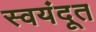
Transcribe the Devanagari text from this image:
स्वयंदूत